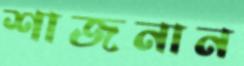
শাজনান